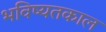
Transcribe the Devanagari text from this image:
भविष्यतकाल